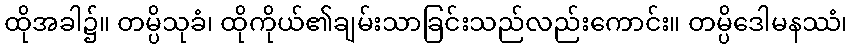
ထိုအခါ၌။ တမ္ပိသုခံ၊ ထိုကိုယ်၏ချမ်းသာခြင်းသည်လည်းကောင်း။ တမ္ပိဒေါမနဿံ၊